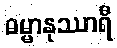
ဓမ္မာနုဿာရီ